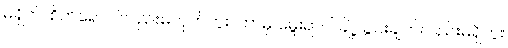
မရှိဘဲ၊ စိတ်ရောဂါလည်းမဟုတ်ဘူး၊ ဘာမှ မွေးရာပါ ချို့ယွင်းချက်လည်းမရှိဘူး